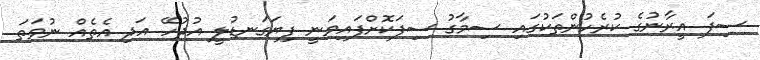
ސިފަ އީރާނުގެ ކުރެހުންތަކުގައި ސިމާގު ސިފަކޮށްފައިވަނީ ފިޔަގަނޑުލީ އުދުހޭ އަދި އެތެއް ނުވަތަ